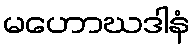
မဟောဃဒါနံ